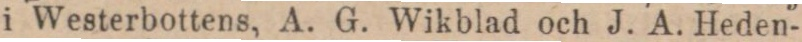
i Westerbottens, A. G. Wikblad och J. A. Heden-